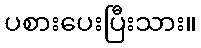
ပစားပေးပြီးသား။